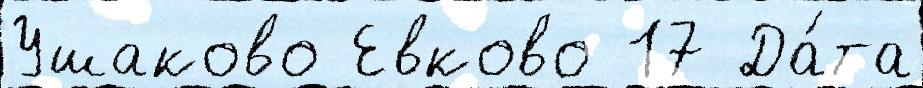
Ушаково Евково 17 Да́та